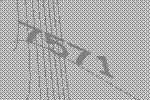
7571